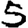
Digit: 5